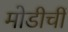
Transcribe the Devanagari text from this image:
मोडीचीं